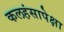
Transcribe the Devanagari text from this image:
कलहंसापेक्षा